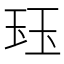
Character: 𤤴